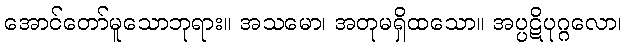
အောင်တော်မူသောဘုရား။ အသမော၊ အတုမရှိထသော။ အပ္ပဋိပုဂ္ဂလော၊